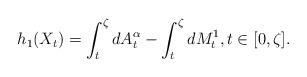
LaTeX: \begin{align*}h_{1}(X_{t})=\int_{t}^{\zeta}dA_{t}^{\alpha}-\int_{t}^{\zeta}dM_{t}^{1},t\in[0,\zeta].\end{align*}